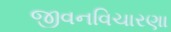
જીવનવિચારણા